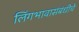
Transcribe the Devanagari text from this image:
लिंगभावासंबंधीचे